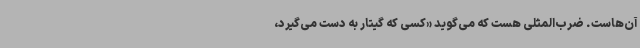
آن‌هاست. ضرب‌المثلی هست که می‌گوید «کسی که گیتار به دست می‌گیرد،